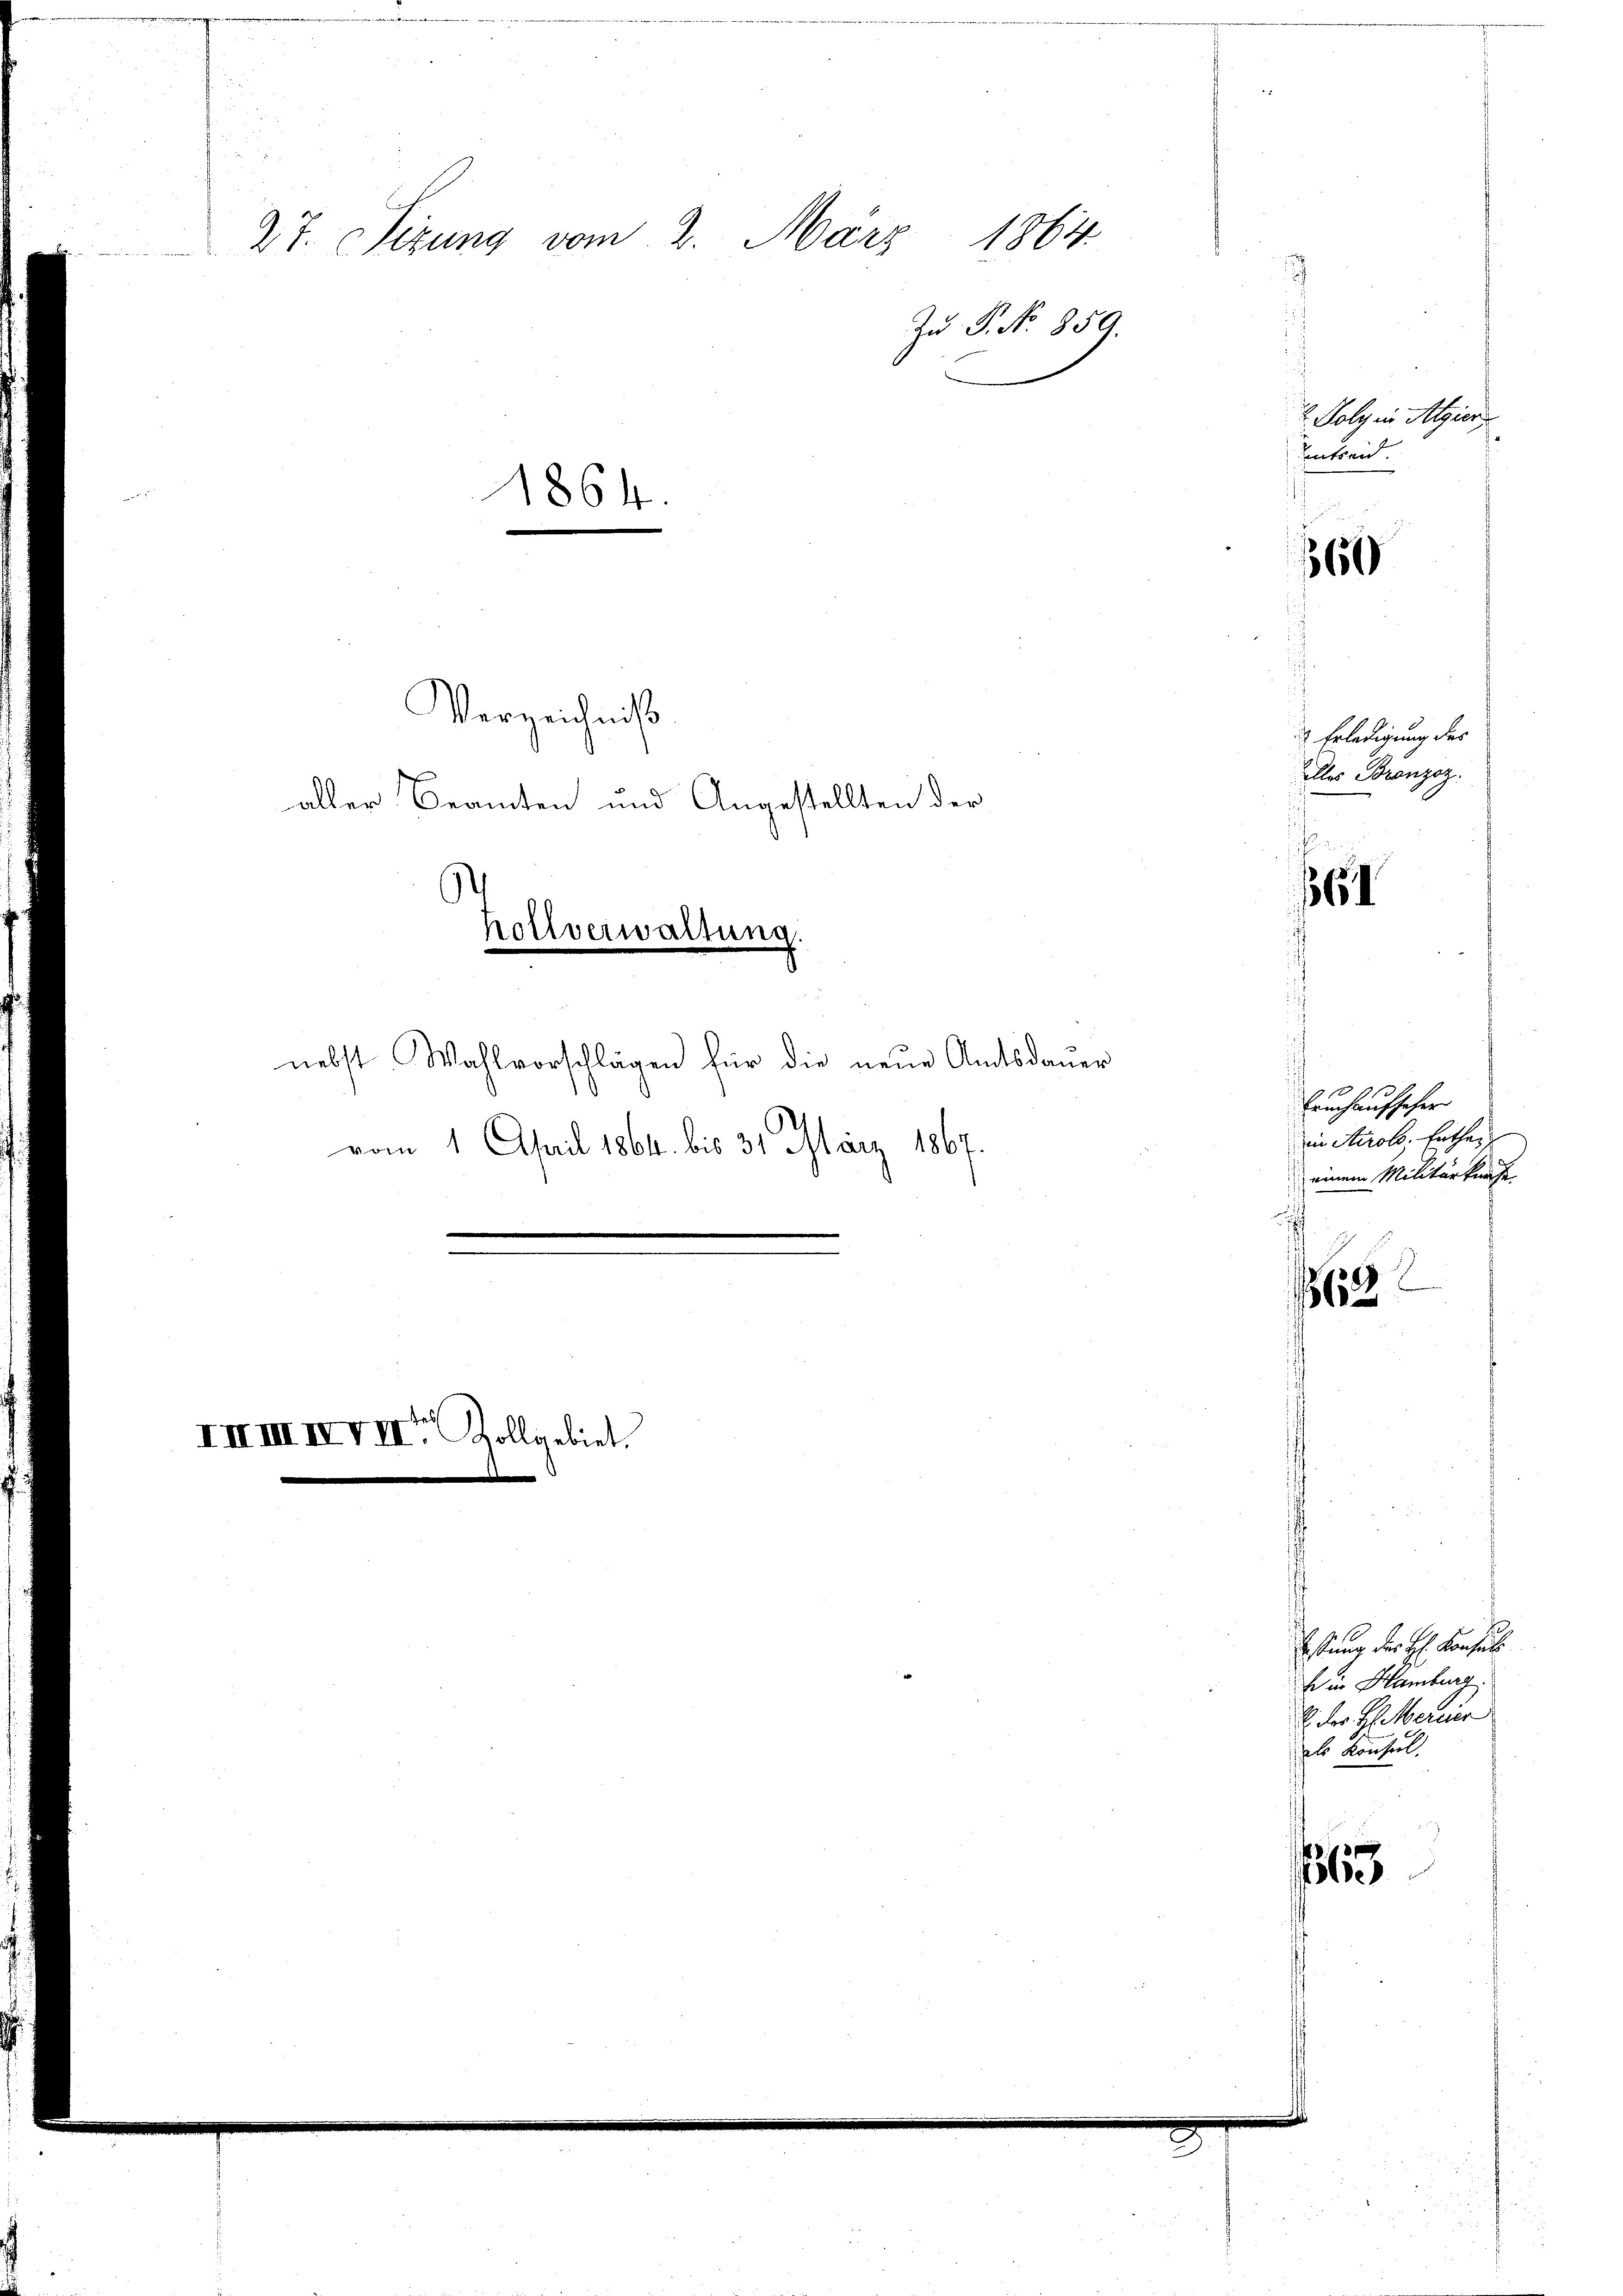
27. Sizung vom 2. März 1864.

¬
hollverwaltung
nebst. Wahlvorschlägen für die neŭe Amtsdaŭer

1864.

IIIIIIVIIr Zollgebiet

Verzeichniß
aller Beamten und Angestellten der

vom 1. April 1864. bis 31. März 1867.

Zu P. No. 859

Estung der Hr. Konsuls
E in Hamburg
V. der H. Mercier
ht Kaiserl.
1863

2 Poly in Algier
Untreid

360

Erledigung des
alles Bronzoz.

61

Bauch aufscher
in Airolo. Entheil
einem Militärkräfe
s

62